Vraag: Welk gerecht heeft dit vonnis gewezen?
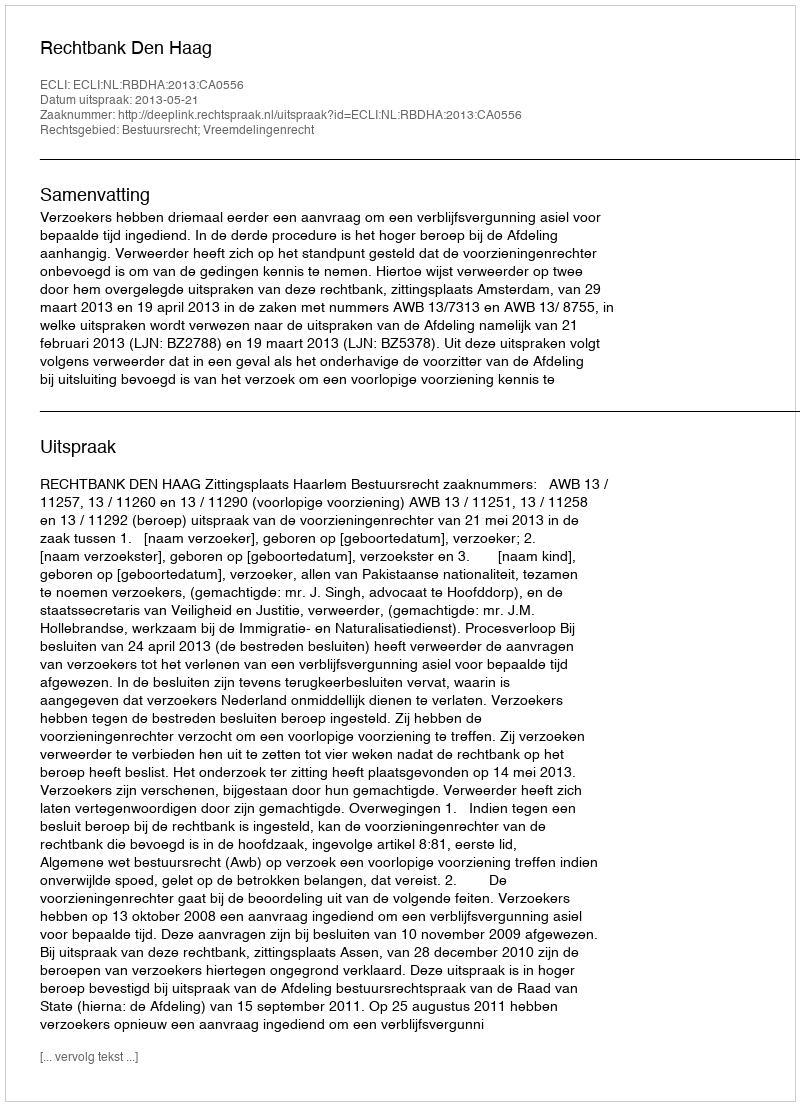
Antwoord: Rechtbank Den Haag